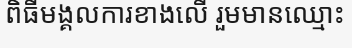
ពិធីមង្គលការខាងលើ រួមមានឈ្មោះ